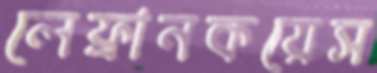
লেফ্রানকয়েস